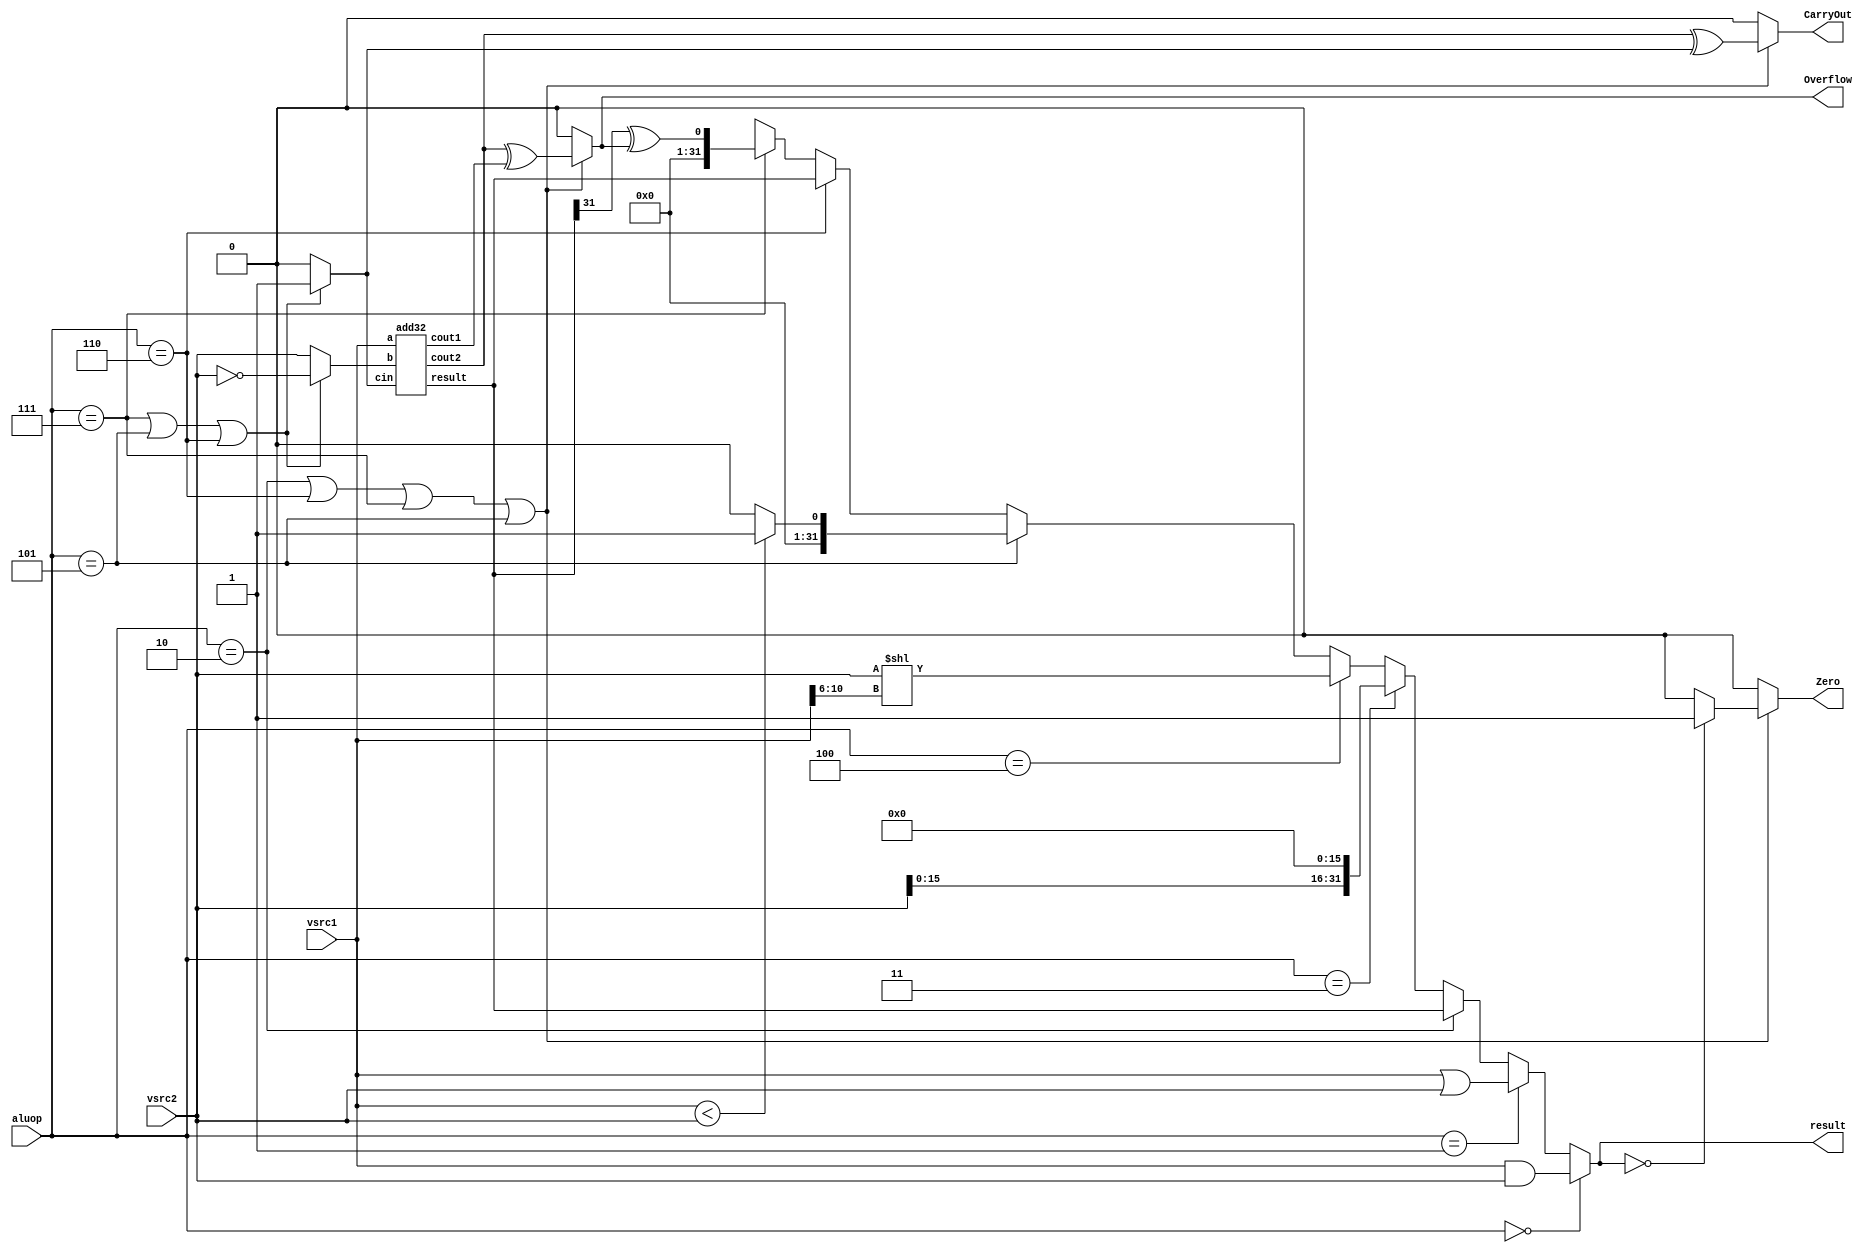
/*------------------------------------------------------------------------------
--------------------------------------------------------------------------------
Copyright (c) 2016, Loongson Technology Corporation Limited.

All rights reserved.

Redistribution and use in source and binary forms, with or without modification,
are permitted provided that the following conditions are met:

1. Redistributions of source code must retain the above copyright notice, this 
list of conditions and the following disclaimer.

2. Redistributions in binary form must reproduce the above copyright notice, 
this list of conditions and the following disclaimer in the documentation and/or
other materials provided with the distribution.

3. Neither the name of Loongson Technology Corporation Limited nor the names of 
its contributors may be used to endorse or promote products derived from this 
software without specific prior written permission.

THIS SOFTWARE IS PROVIDED BY THE COPYRIGHT HOLDERS AND CONTRIBUTORS "AS IS" AND 
ANY EXPRESS OR IMPLIED WARRANTIES, INCLUDING, BUT NOT LIMITED TO, THE IMPLIED 
WARRANTIES OF MERCHANTABILITY AND FITNESS FOR A PARTICULAR PURPOSE ARE 
DISCLAIMED. IN NO EVENT SHALL LOONGSON TECHNOLOGY CORPORATION LIMITED BE LIABLE
TO ANY PARTY FOR DIRECT, INDIRECT, INCIDENTAL, SPECIAL, EXEMPLARY, OR 
CONSEQUENTIAL DAMAGES (INCLUDING, BUT NOT LIMITED TO, PROCUREMENT OF SUBSTITUTE 
GOODS OR SERVICES; LOSS OF USE, DATA, OR PROFITS; OR BUSINESS INTERRUPTION) 
HOWEVER CAUSED AND ON ANY THEORY OF LIABILITY, WHETHER IN CONTRACT, STRICT 
LIABILITY, OR TORT (INCLUDING NEGLIGENCE OR OTHERWISE) ARISING IN ANY WAY OUT OF
THE USE OF THIS SOFTWARE, EVEN IF ADVISED OF THE POSSIBILITY OF SUCH DAMAGE.
--------------------------------------------------------------------------------
------------------------------------------------------------------------------*/


module alu(
  input  wire [ 2:0] aluop,
  input  wire [31:0] vsrc1,
  input  wire [31:0] vsrc2,
  output wire [31:0] result,
  output wire        Overflow,
  output wire        CarryOut,
  output wire        Zero
);

wire [31:0] Bin;//add module's input:b 
wire [31:0] add;//result of add module
wire [31:0] cout;//carryout of every bit
wire cin;


assign Bin=(aluop == 3'b111|| aluop == 3'b101 || aluop == 3'b110)?~vsrc2:vsrc2;//if aluop is sub,then B transform to ~B
assign cin=(aluop == 3'b111|| aluop == 3'b101 || aluop == 3'b110)?1:0;//if aluop is sub,then cin=1

add32 a2(vsrc1,Bin,cin,cout[30],cout[31],add);

assign result = (
                (aluop == 3'b000)?vsrc1&vsrc2:
                (aluop == 3'b001)?vsrc1|vsrc2:
                (aluop == 3'b010)?add: // +
                (aluop == 3'b011)?{vsrc2[15:0],16'b0}: //lui
                (aluop == 3'b100)?{vsrc2<<vsrc1[10:6]}://sll
                (aluop == 3'b101)?(({1'b0,vsrc1}<{1'b0,vsrc2})?32'd1:32'd0)://sltiu
                (aluop == 3'b110)?add: // -
                (aluop == 3'b111)?add[31]^Overflow://output slt
                32'bx
                );

assign Overflow = (aluop == 3'b010 || aluop == 3'b110 ||aluop == 3'b111 ||  aluop == 3'b101)?cout[31]^cout[30]:0;//if isn't do add,sub,then Overflow always equal 0
assign Zero =(aluop == 3'b010 || aluop == 3'b110  ||aluop == 3'b111 ||  aluop == 3'b101)?((result == 32'b0)?1:0):0;//if isn't do add,sub,then Zero always equal 0
assign CarryOut =( aluop == 3'b010|| aluop == 3'b110  ||aluop == 3'b111 ||  aluop == 3'b101)?cout[31]^cin:0;//if isn't do add,sub,then CarryOut always equal 0


endmodule //alu

///////////////////////////////////////////////////////////////
// four-bits modules to do 4bits advanced add
///////////////////////////////////////////////////////////////
module add4(  
    input [3:0] a,  
    input [3:0] b,  
    input cin,//lowest carryin
    output cout1,//second highest carryout
    output cout2,//highest carryout
    output [3:0] result
    
    );  
wire [3:0] p;
wire [3:0] g;  
wire [3:0] c;//store every bit's carryout
assign c[0] =cin ;
assign p=a|b;
assign g=a&b;
assign c[1] =g[0]|(p[0]&c[0]) ;
assign c[2] =g[1]|(p[1]&(g[0]|(p[0]&c[0]))) ;
assign cout1 =g[2]|(p[2]&(g[1]|(p[1]&(g[0]|p[0]&c[0])))) ;
assign cout2 =g[3]|(p[3]&(g[2]|(p[2]&(g[1]|(p[1]&(g[0]|(p[0]&c[0]))))))); 
assign result=a+b+cin;
/*
assign result[0]=g[0]^p[0]^c[0];
assign result[1]=g[1]^p[1]^c[1];
assign result[2]=g[2]^p[2]^c[2];
assign result[3]=g[3]^p[3]^cout1;*/

endmodule  

///////////////////////////////////////////////////////////////
//use eight four-bits modules to do 32bits add
///////////////////////////////////////////////////////////////
module add32
(  
    input [31:0] a,  
    input [31:0] b,  
    input cin,
    output cout1,//second highest carryout
    output cout2,//highest carryout
    output [31:0] result
    
    );  
    wire [15:0] cout;

    add4 a3(a[3:0],b[3:0],cin,cout[0],cout[1],result[3:0]);
    add4 a4(a[7:4],b[7:4],cout[1],cout[2],cout[3],result[7:4]);
    add4 a5(a[11:8],b[11:8],cout[3],cout[4],cout[5],result[11:8]);
    add4 a6(a[15:12],b[15:12],cout[5],cout[6],cout[7],result[15:12]);
    add4 a7(a[19:16],b[19:16],cout[7],cout[8],cout[9],result[19:16]);
    add4 a8(a[23:20],b[23:20],cout[9],cout[10],cout[11],result[23:20]);
    add4 a9(a[27:24],b[27:24],cout[11],cout[12],cout[13],result[27:24]);
    add4 a10(a[31:28],b[31:28],cout[13],cout1,cout2,result[31:28]);
	
endmodule